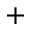
+